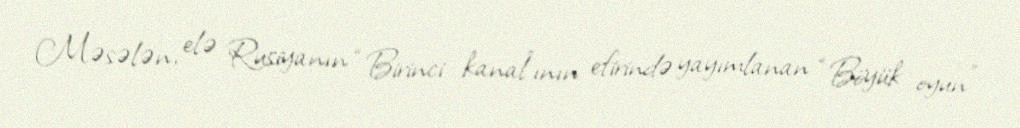
Məsələn, elə Rusiyanın “Birinci kanal”ının efirində yayımlanan “Böyük oyun”